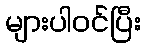
များပါဝင်ပြီး